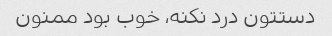
دستتون درد نکنه، خوب بود ممنون